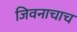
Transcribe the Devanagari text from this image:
जिवनाचाच